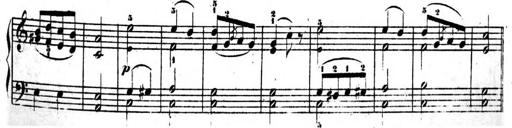
Title: 4 Sonatinas
Composer: Jacob Schmitt